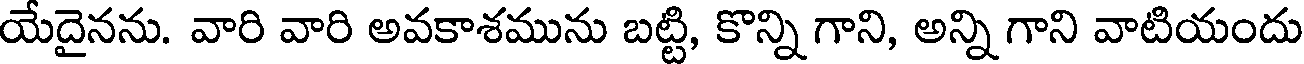
యేదైనను. వారి వారి అవకాశమును బట్టి, కొన్ని గాని, అన్ని గాని వాటియందు